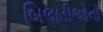
બિલાડીઓનો